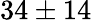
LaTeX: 34\pm 14